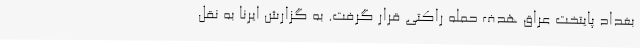
بغداد پایتخت عراق هدف حمله راکتی قرار گرفت. به گزارش ایرنا به نقل